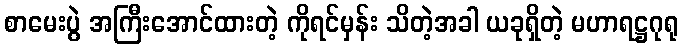
စာမေးပွဲ အကြီးအောင်ထားတဲ့ ကိုရင်မှန်း သိတဲ့အခါ ယခုရှိတဲ့ မဟာရဋ္ဌဂုရု